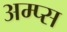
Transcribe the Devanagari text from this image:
अम्प्स